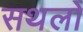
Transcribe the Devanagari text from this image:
सथलों